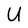
Character: U